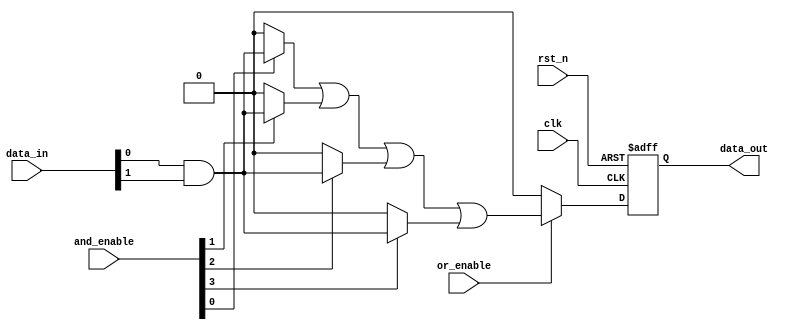
module RPAL #(
    parameter NUM_INPUTS = 4,           // Number of inputs
    parameter NUM_AND_TERMS = 4,        // Number of AND terms
    parameter NUM_OR_TERMS = 1           // Number of OR terms
)(
    input wire clk,                      // Clock signal
    input wire rst_n,                    // Asynchronous active-low reset
    input wire [NUM_INPUTS-1:0] data_in, // Data inputs
    input wire [NUM_AND_TERMS-1:0] and_enable, // AND array enable signals
    input wire or_enable,                // OR array enable signal
    output reg [NUM_OR_TERMS-1:0] data_out // Data outputs
);

    // Internal signals for AND and OR arrays
    wire [NUM_AND_TERMS-1:0] and_out;    // Outputs from AND array
    wire [NUM_OR_TERMS-1:0] or_out;      // Outputs from OR array

    // Programmable AND array
    genvar i;
    generate
        for (i = 0; i < NUM_AND_TERMS; i = i + 1) begin : and_array
            assign and_out[i] = and_enable[i] ? (data_in[0] & data_in[1]) : 1'b0; // Example AND operation
        end
    endgenerate

    // Programmable OR array
    assign or_out[0] = or_enable ? (and_out[0] | and_out[1] | and_out[2] | and_out[3]) : 1'b0; // Example OR operation

    // Register to store output
    always @(posedge clk or negedge rst_n) begin
        if (!rst_n) begin
            data_out <= 0; // Asynchronous reset
        end else begin
            data_out <= or_out; // Store output from OR array
        end
    end

endmodule